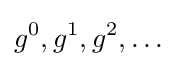
g^{0},g^{1},g^{2},\dots